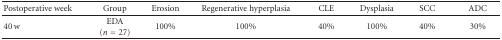
| Postoperative week | Group | Erosion | Regenerative hyperplasia | CLE | Dysplasia | SCC | ADC |
 | --- | --- | --- | --- | --- | --- | --- | --- |
 | 40 w | EDA (n = 27) | 100% | 100% | 40% | 100% | 40% | 30% |